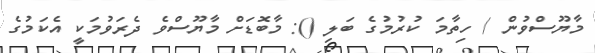
މާޔޫސްވުން / ހިތާމަ ކުރުމުގެ ބަލި (): މާބޮޑަށް މާޔޫސްވެ ދެރަވުމަކީ އެކަމުގެ